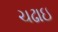
ચઢાઇ